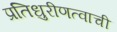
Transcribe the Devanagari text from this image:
प्रतिधुरीणत्वाची